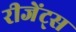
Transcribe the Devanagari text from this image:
रीजेंट्स